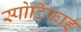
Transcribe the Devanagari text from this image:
स्पोर्टिफाई